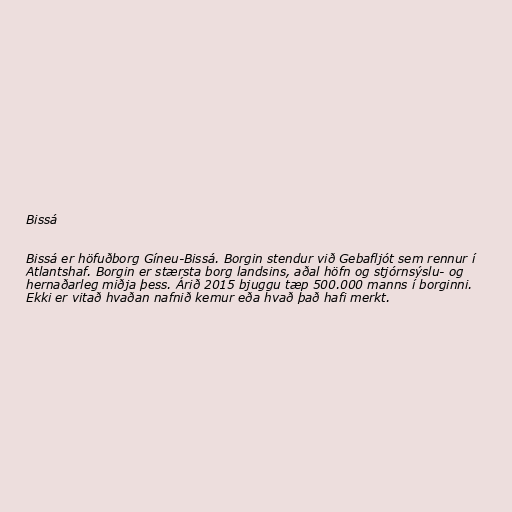
Bissá

Bissá er höfuðborg Gíneu-Bissá. Borgin stendur við Gebafljót sem rennur í
Atlantshaf. Borgin er stærsta borg landsins, aðal höfn og stjórnsýslu- og
hernaðarleg miðja þess. Árið 2015 bjuggu tæp 500.000 manns í borginni.
Ekki er vitað hvaðan nafnið kemur eða hvað það hafi merkt.